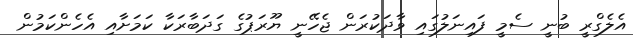
އެލެގްރީ ބުނީ ސެމީ ފައިނަލުގައި ވާދަކުރަން ޖެހޭނީ ޔޫރަޕުގެ ގަދަބާރަކާ ކަމަށާއި އެހެންކަމުން